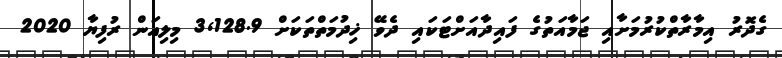
ގެދޮރު އިމާރާތްކުރުމަށާއި ޖަމާއަތުގެ ފައިދާއަށްޓަކައި ދެވޭ ޚިދުމަތްތަކަށް 3